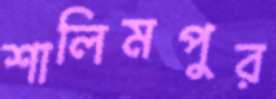
শালিমপুর